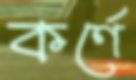
কর্ণে